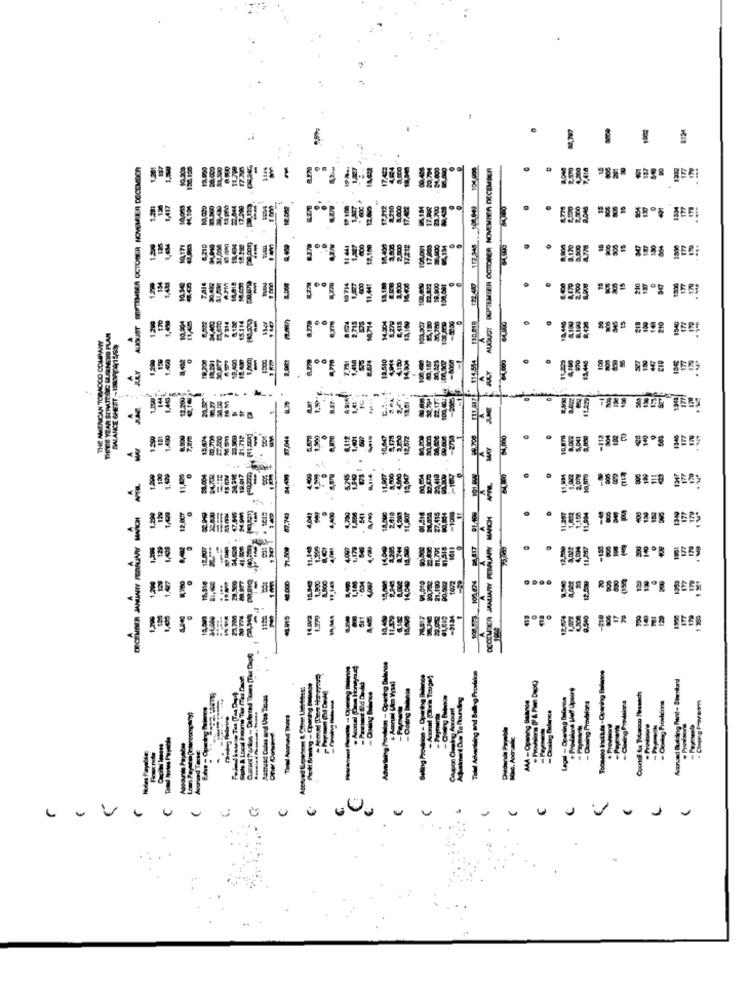
-
AUGUST SEPTEMBER OCTOBER NOVEMBER DECEMBER
12,100
-
1 18
LEASE
BALANCE SHEET - 19009(09/19/99
THIS YEAR STRATE GOS MARKNES
5
- -
جسيف
--
-
-
-
-
--
18,316
....
PLE
--
-
-
- ----
Aconced Budding Font- Shirnord
Cool fue Totacou Thsnach
- Casing B
Coding Fint
Dildarda Payable
----
-----
U